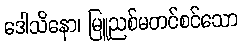
ဒေါသိနော၊ မြူညစ်မတင်စင်သော